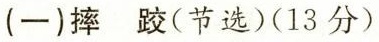
(一)摔 跤(节选) (13分)